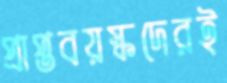
প্রাপ্তবয়স্কদেরই